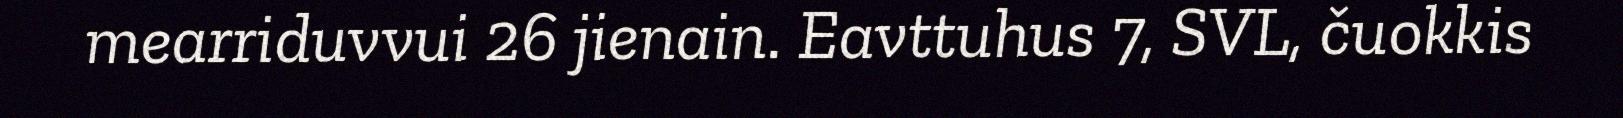
mearriduvvui 26 jienain. Eavttuhus 7, SVL, čuokkis